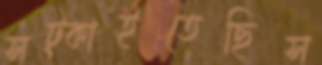
সট্‌কাইতেছিস